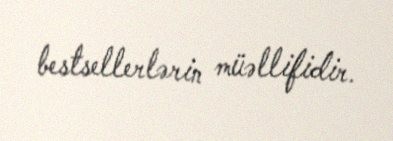
bestsellerlərin müəllifidir.